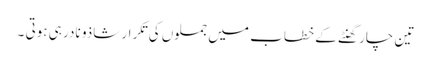
تین چار گھنٹے کے خطاب میں جملوں کی تکرار شاذو نادر ہی ہوتی ۔